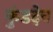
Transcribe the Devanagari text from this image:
कुंडदेव